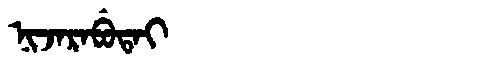
Manchu: ᠨᡳᠵᠠᡵᠠᠪᡠᡨᠠᡳ
Romanization: NIJARABUTAI